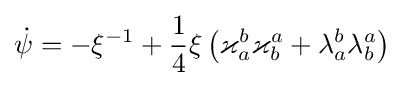
{\dot {\psi }}=-\xi ^{-1}+{\frac {1}{4}}\xi \left(\varkappa _{a}^{b}\varkappa _{b}^{a}+\lambda _{a}^{b}\lambda _{b}^{a}\right)